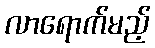
လာရောက်မည့်